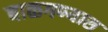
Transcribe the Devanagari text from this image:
बाळगण्यास